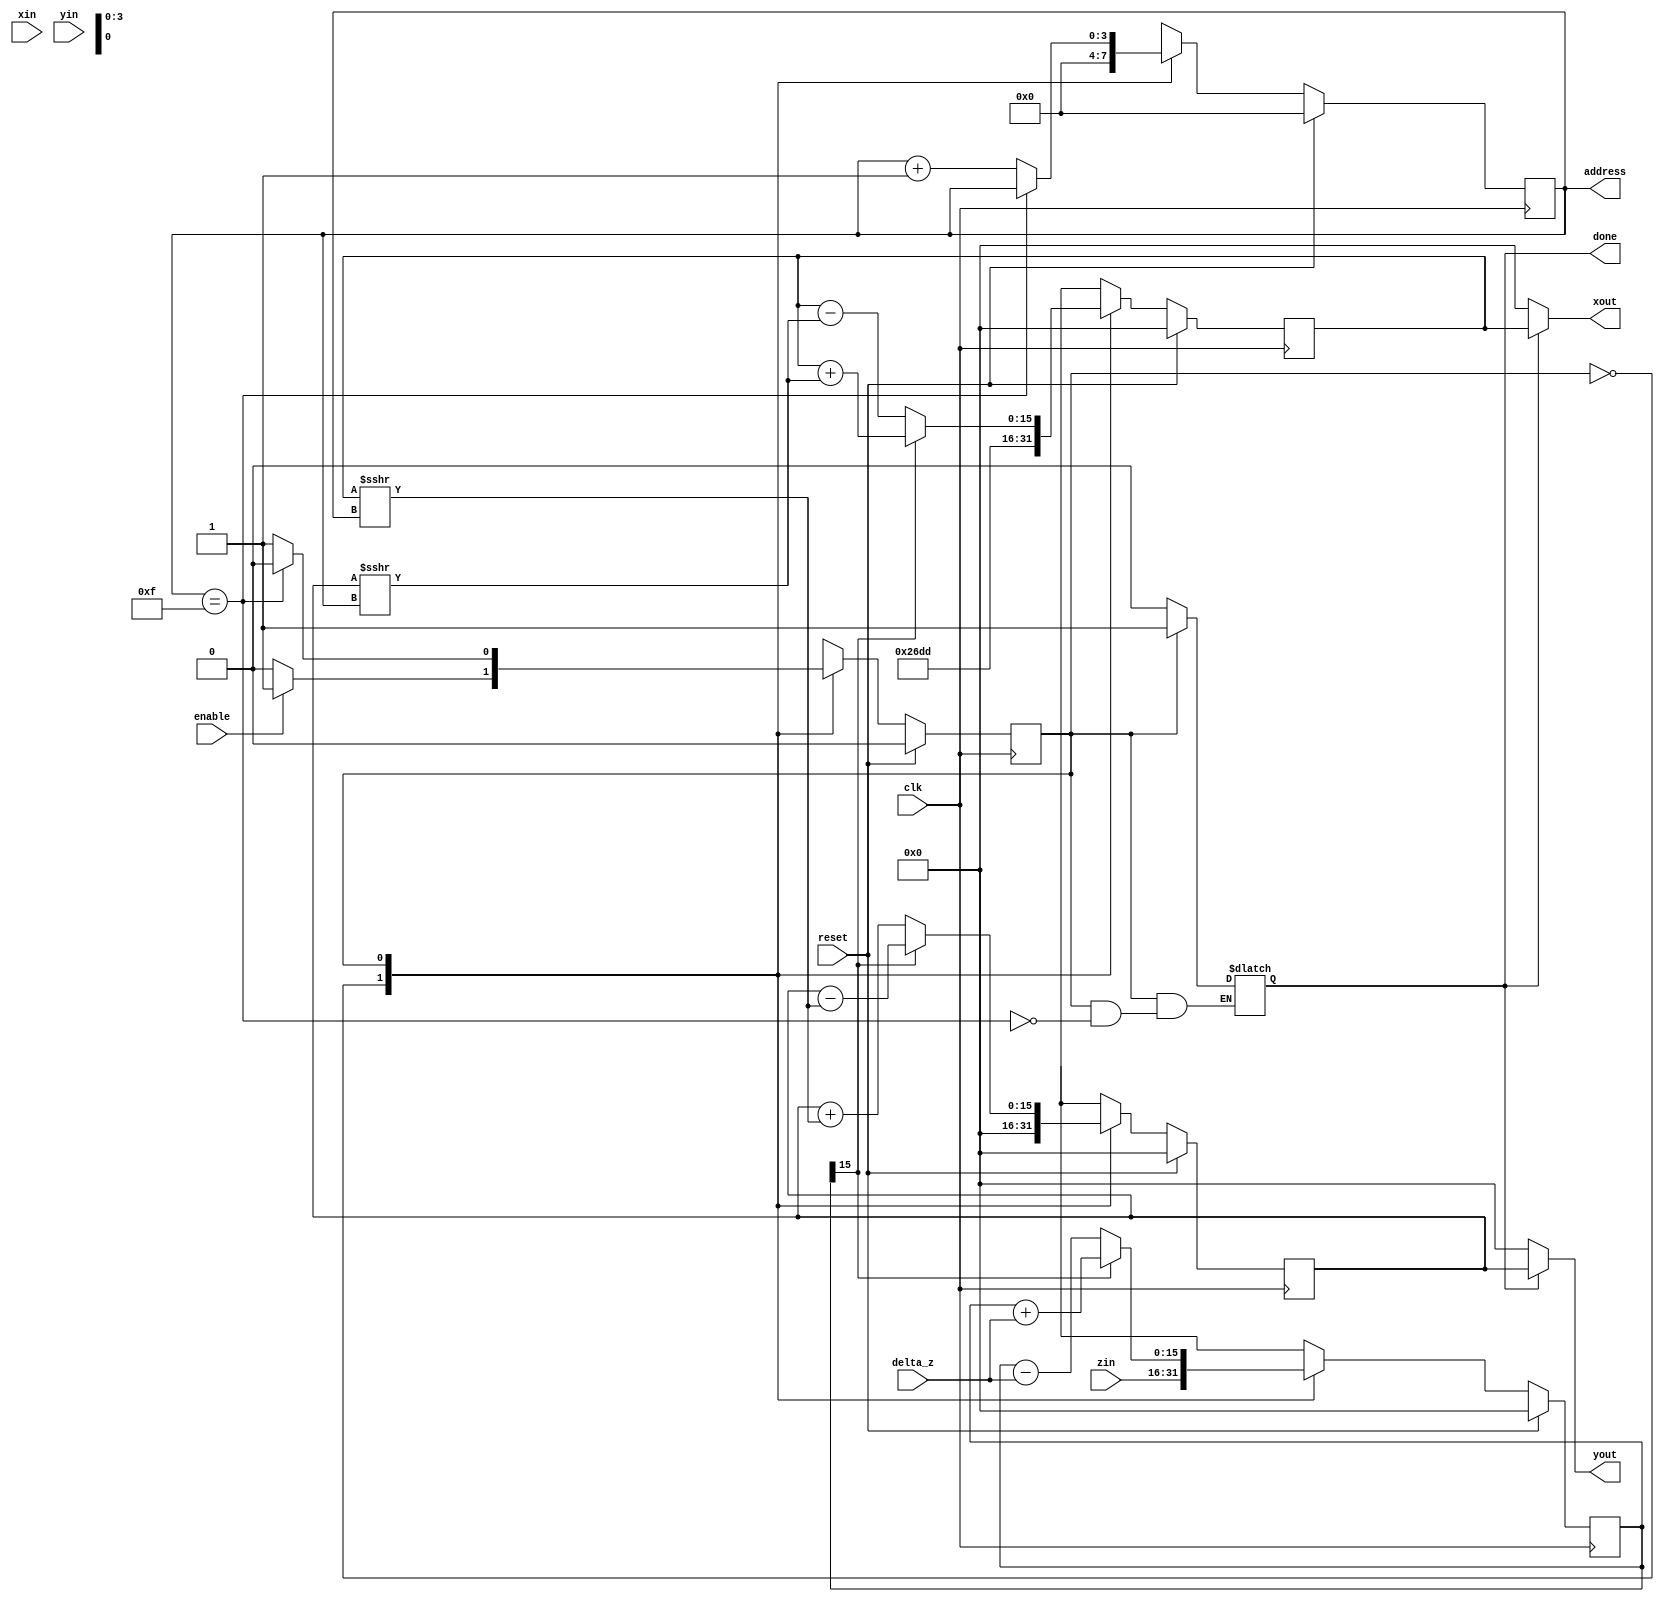
module Cordic_core_test #(parameter data_width = 16, address_width = 4,mode = 1, scaling_factor = 15'b100000000000000) //mode : 1 = Circular, 0 = Linear, -1 = Hyperbolic
(	input clk, reset, enable,
	input signed [data_width-1:0] xin, yin, zin, delta_z,
	output [address_width-1:0] address,
	output signed [data_width-1:0] xout, yout,
	output done
);
  
	reg state, nxt_state, done_reg;
  
  	parameter idle = 1'b0, calculation = 1'b1;
  
  	reg [address_width-1:0] step, nxt_step;
  
  	reg signed [data_width-1:0]x_reg, y_reg, x_next, y_next, z_reg, z_next;
  
  	always @ (posedge clk)
		begin
			if (reset)
				begin
					state <= idle;
					step <= 0;
					x_reg <= 0;
					y_reg <= 0;
					z_reg <= 0;
					//done_reg <= 0;
	  			end

			else
				begin
					state <= nxt_state;
					step <= nxt_step;
					x_reg <= x_next;
					y_reg <= y_next;
					z_reg <= z_next;
				end	
		end
	
	always @ (*)
		begin
			nxt_step = step;
			case (state)
				idle:
					begin
						if (enable)
						begin
							nxt_state = calculation;
						end
						else
						begin
							nxt_state = idle;
						end
						nxt_step = 0;
						done_reg = 0;
					end
				calculation:
					begin
						if (step == (data_width-1))
						begin
							done_reg = 1'b1;
							nxt_state = idle;
						end
						else
						begin
							nxt_step = step + 1'b1;
							nxt_state = calculation;
						end
					end
				default:
					nxt_state = idle;
			endcase
		end
	

	always @ (*)
	begin
		case (state)
			idle:
			begin
				case (mode)
					-1:
						x_next = 16'h4D48;
					0:
						x_next = xin;
					default:
						x_next = 16'h26DD;
				endcase
				y_next = 0;
				z_next = zin;
			end
			
			calculation:
			begin
				case (mode)
					-1:
					begin
						if (z_reg[data_width-1]==1'b0)
							begin
								if (step < 4) begin
									x_next = x_reg + (y_reg >>> (step+1));
									y_next = y_reg + (x_reg >>> (step+1));
								end
								else if (step >= 4 && step <= 13)begin
									x_next = x_reg + (y_reg >>> step);
									y_next = y_reg + (x_reg >>> step);
								end
								else begin
									x_next = x_reg + (y_reg >>> (step-1));
									y_next = y_reg + (x_reg >>> (step-1));
								end
								z_next = z_reg - delta_z;
							end
						else
							begin
								if (step < 4) begin
									x_next = x_reg - (y_reg >>> (step+1));
									y_next = y_reg - (x_reg >>> (step+1));
								end
								else if (step >= 4 && step <= 13)begin
									x_next = x_reg - (y_reg >>> step);
									y_next = y_reg - (x_reg >>> step);
								end
								else begin
									x_next = x_reg - (y_reg >>> (step-1));
									y_next = y_reg - (x_reg >>> (step-1));
								end
								z_next = z_reg + delta_z;
							end
					end

					0:
					begin
						if (z_reg[data_width-1]==1'b0)
							begin
								y_next = y_reg + (x_reg >>> step);
								z_next = z_reg - delta_z;
							end
						else
							begin
								y_next = y_reg - (x_reg >>> step);
								z_next = z_reg + delta_z;
							end
						x_next = x_reg;
					end

					default:
					begin
						if (z_reg[data_width-1]==1'b0)
							begin
								x_next = x_reg - (y_reg >>> step);
								y_next = y_reg + (x_reg >>> step);
								z_next = z_reg - delta_z;
							end
						else
							begin
								x_next = x_reg + (y_reg >>> step);
								y_next = y_reg - (x_reg >>> step);
								z_next = z_reg + delta_z;
							end
					end

				endcase
			end

				//don't know._.
		endcase
	end
	     
	assign address = step;
	assign done = done_reg; 
	assign xout = done? x_reg : 0;
	assign yout = done? y_reg : 0;
	
endmodule